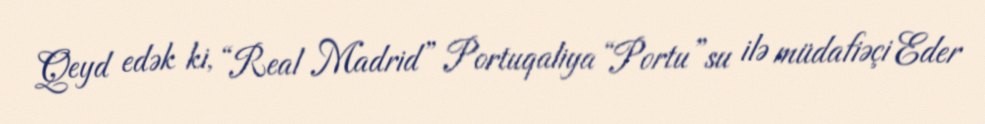
Qeyd edək ki, “Real Madrid” Portuqaliya “Portu”su ilə müdafiəçi Eder